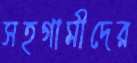
সহগামীদের